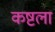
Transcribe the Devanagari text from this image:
कष्टला